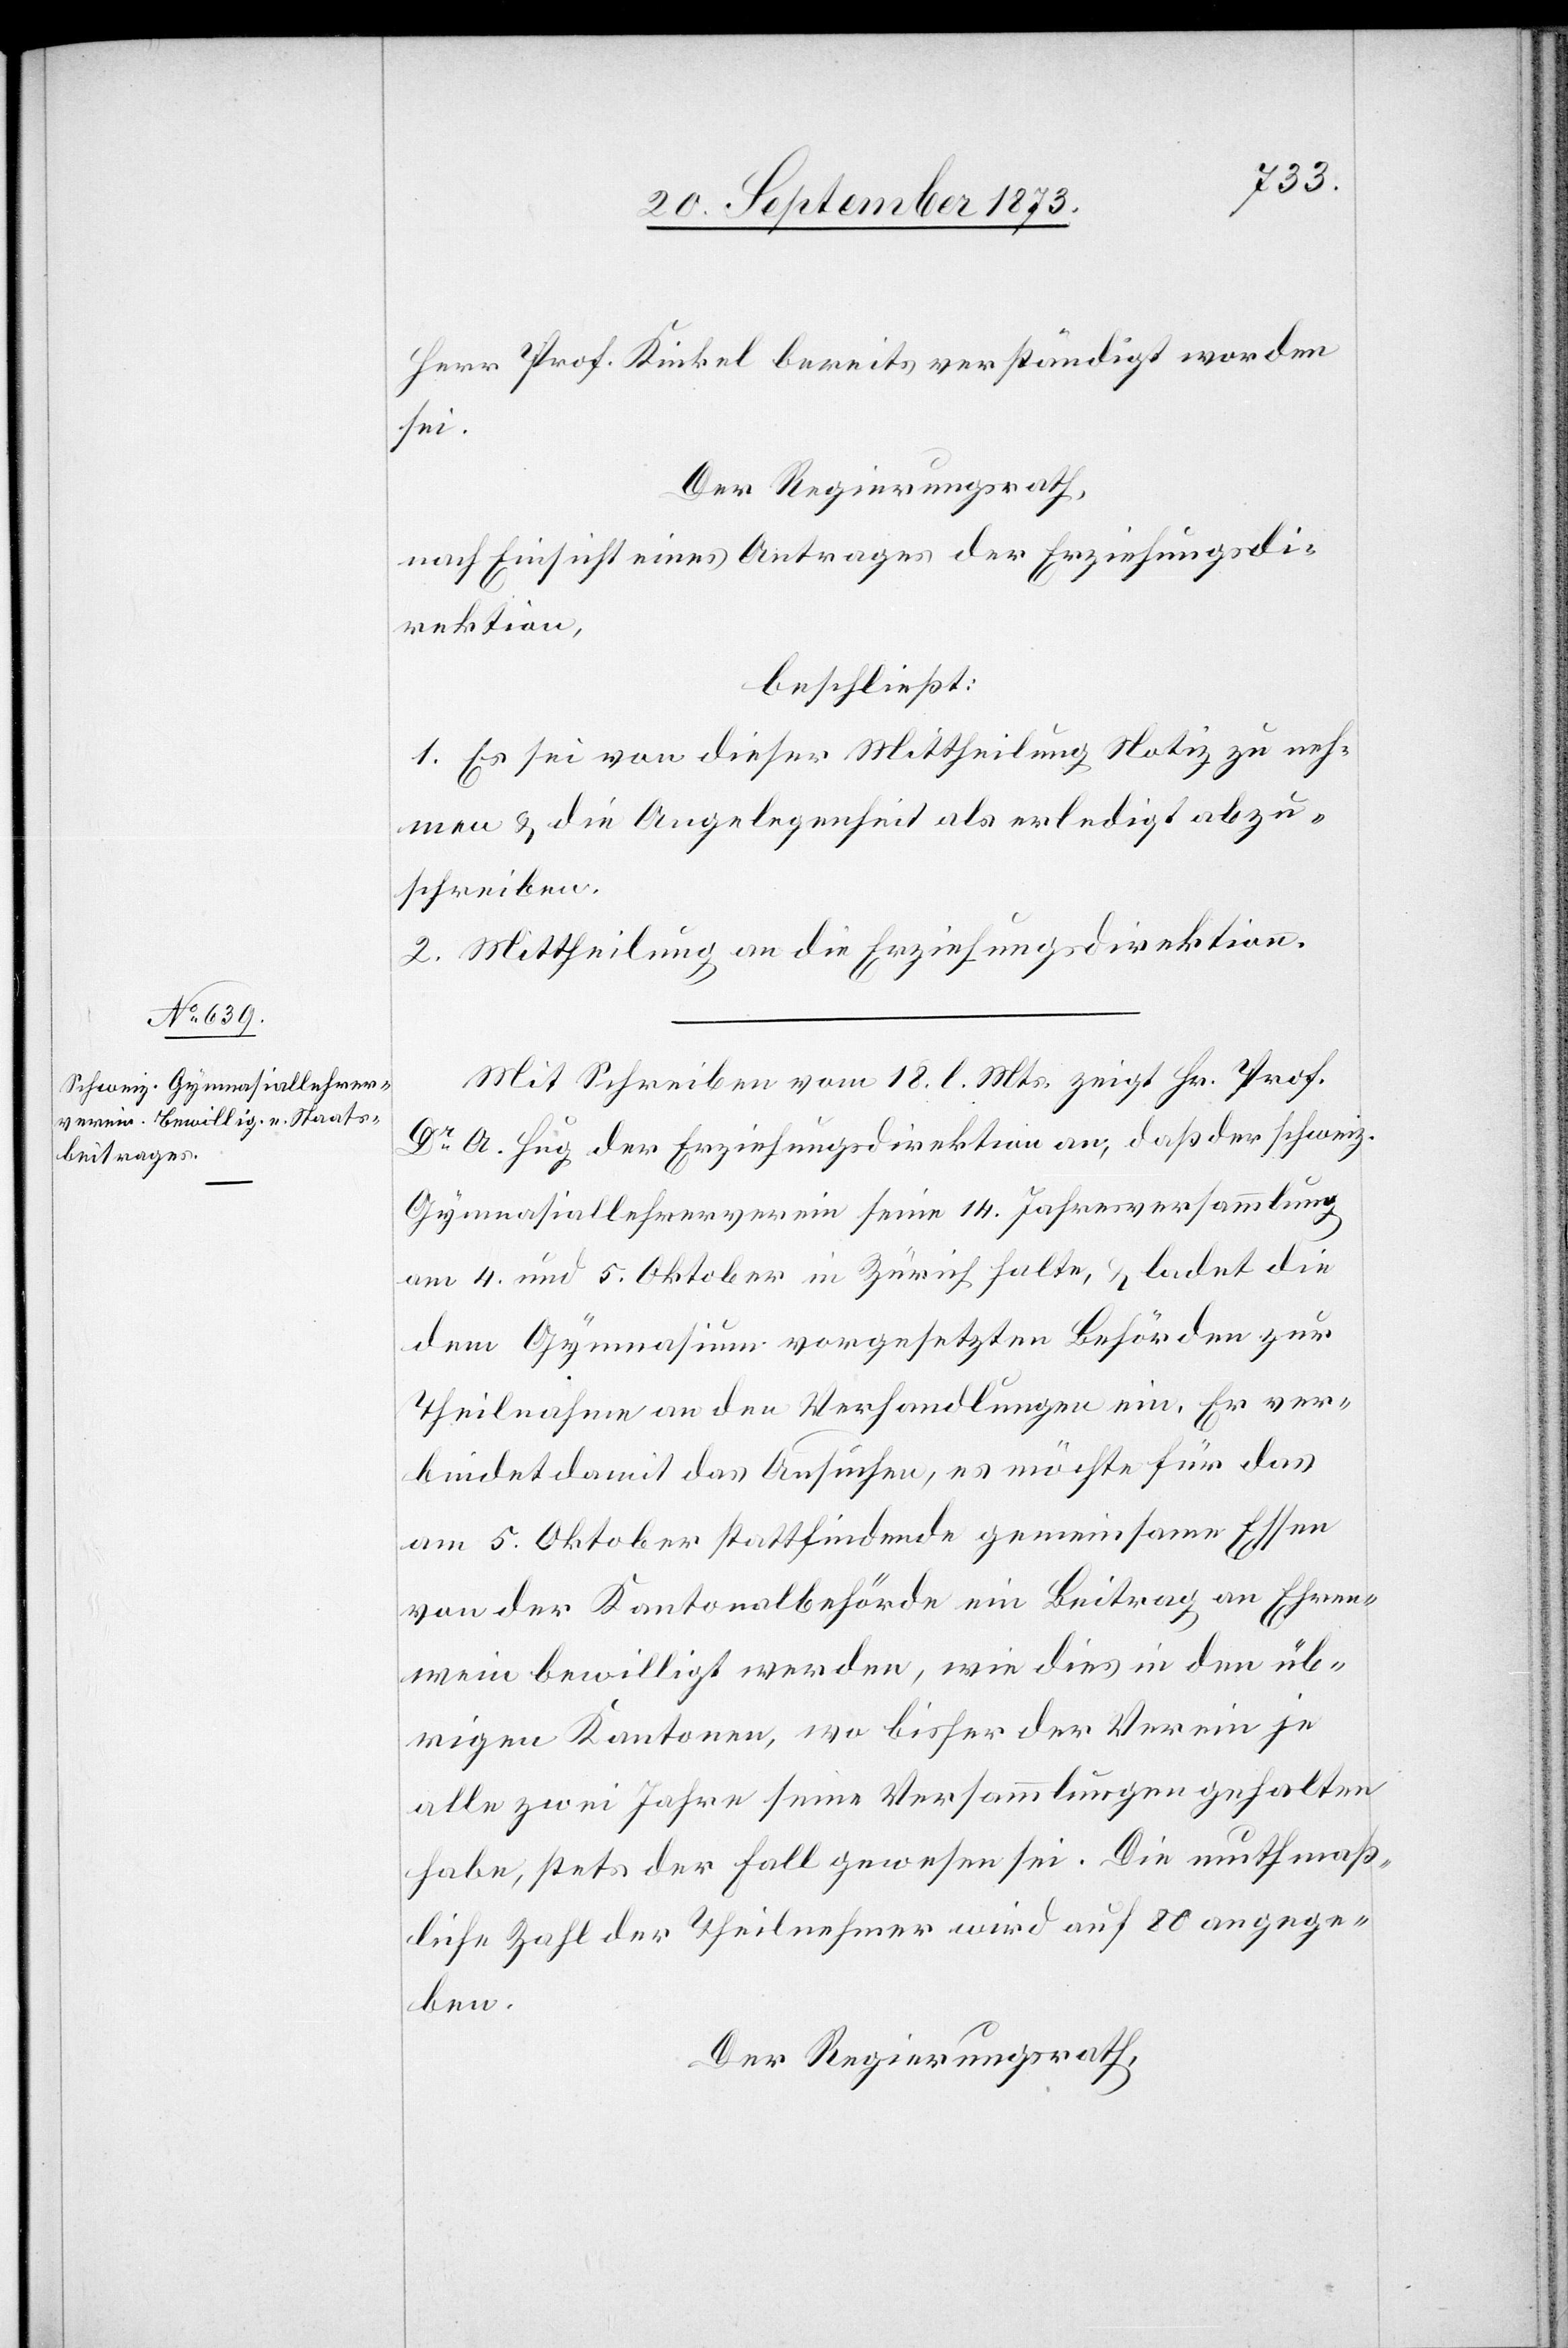
Herr Prof. Kinkel bereits verständigt worden
sei.
Der Regierungsrath,
nach Einsicht eines Antrages der Erziehungsdi¬
rektion,
beschließt:
1. Es sei von dieser Mittheilung Notiz zu neh¬
men & die Angelegenheit als erledigt abzu¬
schreiben.
2. Mittheilung an die Erziehungsdirektion.
Mit Schreiben vom 18. l. Mts. zeigt Hr. Prof.
Dr A. Hug der Erziehungsdirektion an, daß der schweiz.
Gymnasiallehrerverein seine 14. Jahresversammlung
am 4. und 5. Oktober in Zürich halte, & ladet die
dem Gymnasium vorgesetzten Behörden zur
Theilnahme an den Verhandlungen ein. Er ver¬
bindet damit das Ansuchen, es möchte für das
am 5. Oktober stattfindende gemeinsame Essen
von der Kantonalbehörde ein Beitrag an Ehren¬
wein bewilligt werden, wie dies in den üb¬
rigen Kantonen, wo bisher der Verein je
alle zwei Jahre seine Versammlungen gehalten
habe, stets der Fall gewesen sei. Die muthmaß¬
liche Zahl der Theilnehmer wird auf 80 angege¬
ben.
Der Regierungsrath,